画像に写った文字を読んでください
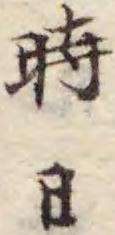
「時日」と書いてあります